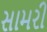
સામરી